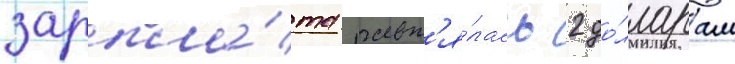
зарпла́та равн'я́лась 2 до́лларам